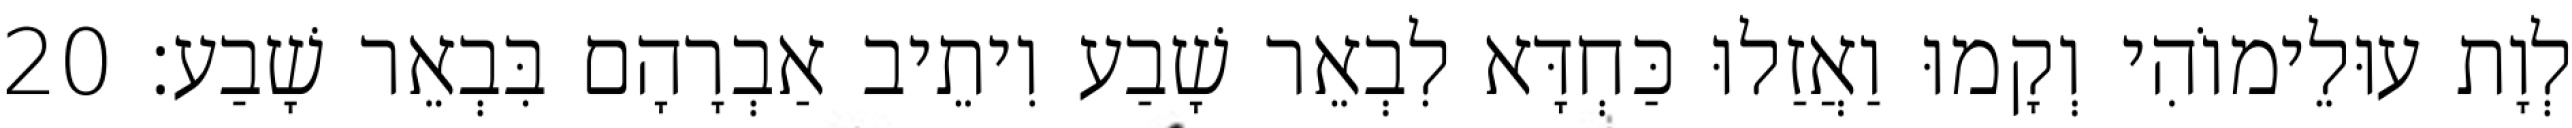
לְוָת עוּלֵימוֹהִי וְקָמוּ וַאֲזַלוּ כַּחְדָּא לִבְאֵר שָׁבַע וִיתֵיב אַבְרָהָם בִּבְאֵר שָׁבַע׃ 20